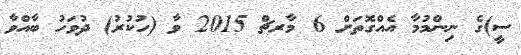
ސީ)ގެ ނިންމުމާ އެއްގޮތަށް 6 މާރޗް 2015 ވާ (ހުކުރު) ދުވަހު ބާއްވާ